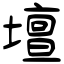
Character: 壇